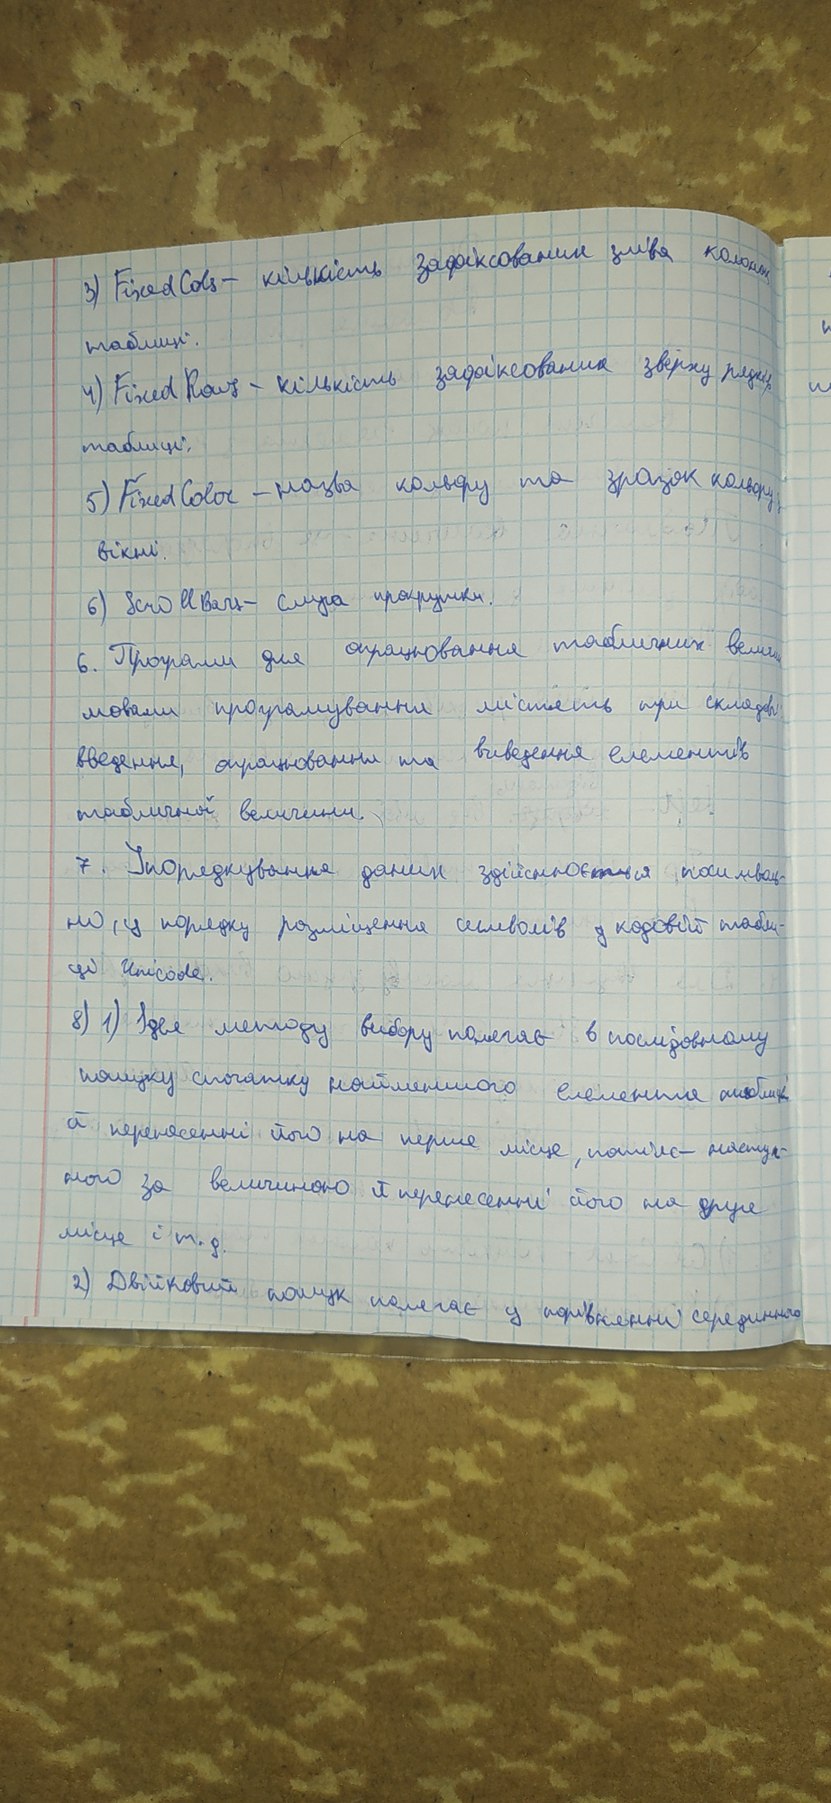
3) Fixed Cols - кількість зафіксованих зліва колонок
таблиці.
4) Fixed Rows - кількість зафіксованих зверху рядків
таблиці.
5) Fixed Color - назва кольору та зразок кольору у
вікні.
6) Scrollbars - смуга прокрутки.
6. Програми для опрацювання табличних величин
мовами програмування містять три складові
введення, опрацювання та виведення елементів
табличної величини
7. Упорядкування даних здійснюється посимволь -
но, у порядку розміщення символів у кодовій табли-
ці Unicode.
8)1) Ідея методі вибору полягає в послідовному
пошуку спочатку найменшого елемента таблиці,
а перенесенні його на перше місце, потім наступ-
ного за величиною й перенесенні його на друге
місце і т.д.
2) Двійковий пошук полягає у порівнянні серединного